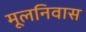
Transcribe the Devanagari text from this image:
मूलनिवास